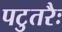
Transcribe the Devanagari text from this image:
पटुतरैः